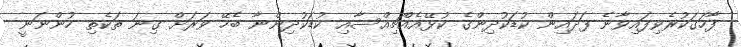
ފާހަގަކުރެވިފައިވާނެ ފަދައިން ކުޑަކުދިންގެ ކުޅޭއެއްޗިއްސާއި ކުޑަކުދިންނާ ބެހޭ ވަރަށް ގިނަ ތަކެތި ހުންނަނީ